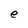
Character: e